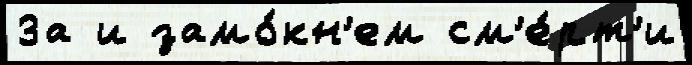
За и замо́кн'ем см'е́рт'и